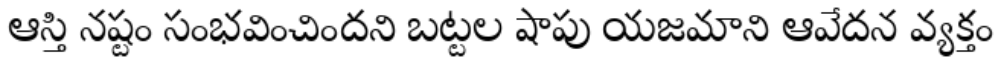
ఆస్తి నష్టం సంభవించిందని బట్టల షాపు యజమాని ఆవేదన వ్యక్తం